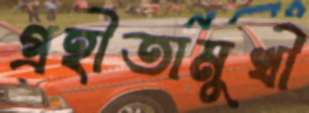
গ্রহীতামুখী